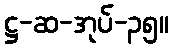
ဋ္ဌ-ဆ-အုပ်-၃၅။